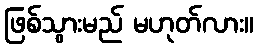
ဖြစ်သွားမည် မဟုတ်လား။